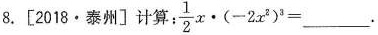
8. [2018·泰州]计算: $$\frac{1}{2}x \cdot ( - 2x^{2})^{3}= __ . $$